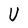
Character: U